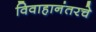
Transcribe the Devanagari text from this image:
विवाहानंतरचे